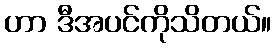
ဟာ ဒီအပင်ကိုသိတယ်။